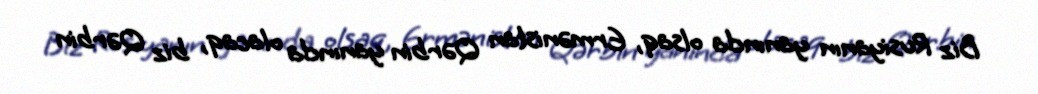
Biz Rusiyanın yanında olsaq, Ermənistan Qərbin yanında olacaq, biz Qərbin